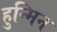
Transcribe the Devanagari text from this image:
हुन्मिन